Vaccination in Bombay 1869-1873 - 1869-1873
Year: 1869
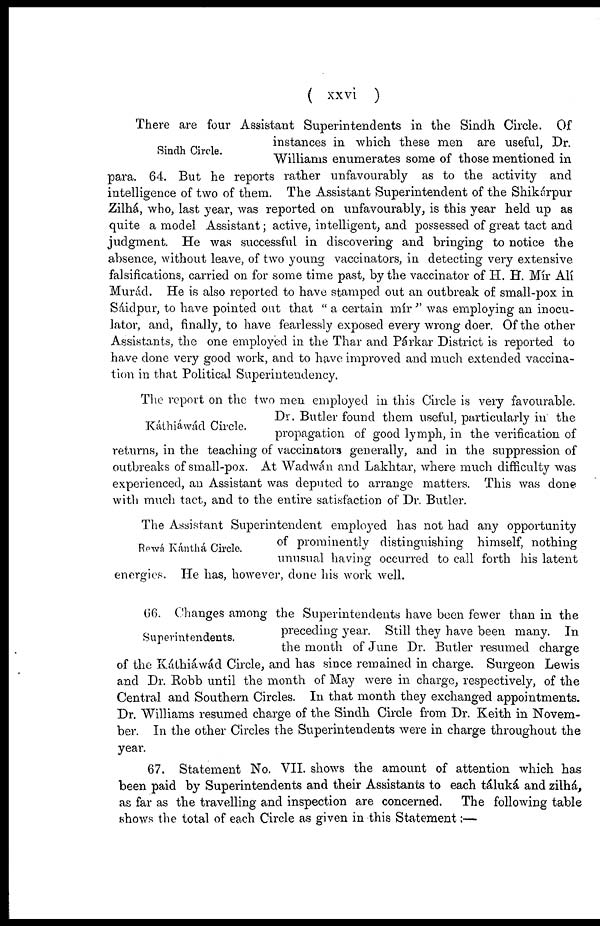
( xxvi )
Sindh Circle.
There are four Assistant Superintendents in the Sindh Circle. Of
instances in which these men are useful, Dr.
Williams enumerates some of those mentioned in
para. 64. But he reports rather unfavourably as to the activity and
intelligence of two of them. The Assistant Superintendent of the Shikárpur
Zilhá, who, last year, was reported on unfavourably, is this year held up as
quite a model Assistant; active, intelligent, and possessed of great tact and
judgment. He was successful in discovering and bringing to notice the
absence, without leave, of two young vaccinators, in detecting very extensive
falsifications, carried on for some time past, by the vaccinator of H. H. Mir All
Murád. He is also reported to have stamped out an outbreak of small-pox in
Sáidpur, to have pointed out that " a certain mír " was employing an inocu¬
lator, and, finally, to have fearlessly exposed every wrong doer. Of the other
Assistants, the one employed in the Thar and Párkar District is reported to
have done very good work, and to have improved and much extended vaccina-
tion in that Political Superintendency.
Káthiáwád Circle.
The report on the two men employed in this Circle is very favourable.
Dr. Butler found them useful, particularly in the
propagation of good lymph, in the verification of
returns, in the teaching of vaccinators generally, and in the suppression of
outbreaks of small-pox. At Wadwán and Lakhtar, where much difficulty was
experienced, an Assistant was deputed to arrange matters. This was done
with much tact, and to the entire satisfaction of Dr. Butler.
Rewá Kánthá Circle.
The Assistant Superintendent employed has not had any opportunity
of prominently distinguishing himself, nothing
unusual having occurred to call forth his latent
energies. He has, however, done his work well.
Superintendents.
66. Changes among the Superintendents have been fewer than in the
preceding year. Still they have been many. In
the month of June Dr. Butler resumed charge
of the Káthiáwád Circle, and has since remained in charge. Surgeon Lewis
and Dr. Robb until the month of May were in charge, respectively, of the
Central and Southern Circles. In that month they exchanged appointments.
Dr. Williams resumed charge of the Sindh Circle from Dr. Keith in Novem-
ber. In the other Circles the Superintendents were in charge throughout the
year.
67. Statement No. VII. shows the amount of attention which has
been paid by Superintendents and their Assistants to each táluká and zilhá,
as far as the travelling and inspection are concerned. The following table
shows the total of each Circle as given in this Statement:—